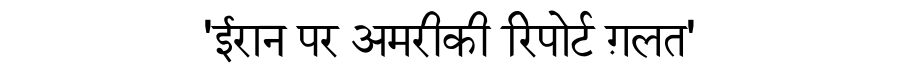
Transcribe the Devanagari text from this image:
'ईरान पर अमरीकी रिपोर्ट ग़लत'